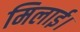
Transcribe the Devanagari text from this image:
मिलाई।